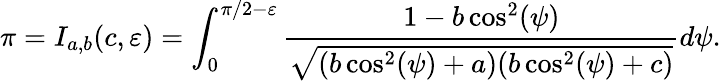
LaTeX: \pi=I_{a,b}(c,\varepsilon)=\int_{0}^{\pi/2-\varepsilon}\frac{1-b\cos^{2}(\psi)}{\sqrt{(b\cos^{2}(\psi)+a)(b\cos^{2}(\psi)+c)}}d\psi.